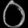
Digit: ၀